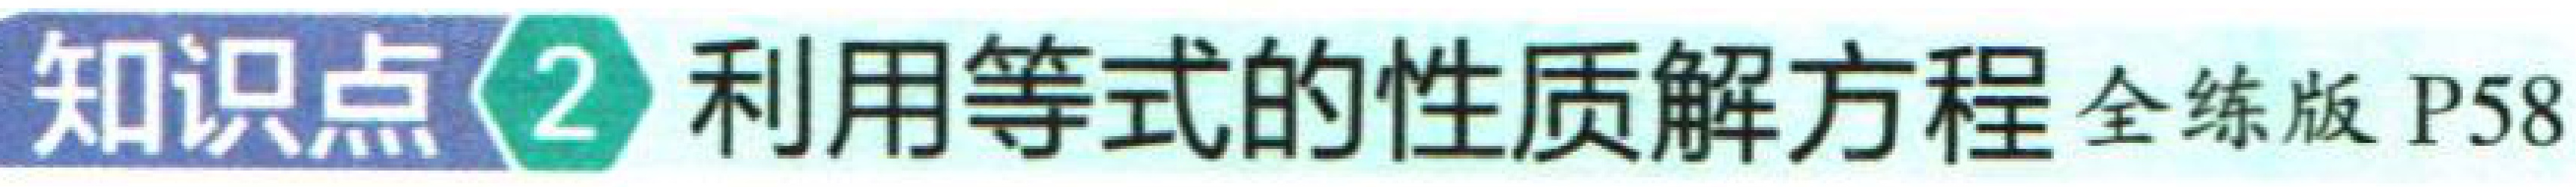
知识点2 利用等式的性质解方程 全练版 P58